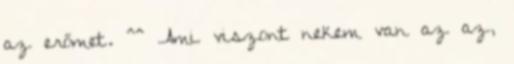
az erőmet. ^^ Ami viszont nekem van az az,